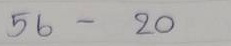
56 - 20